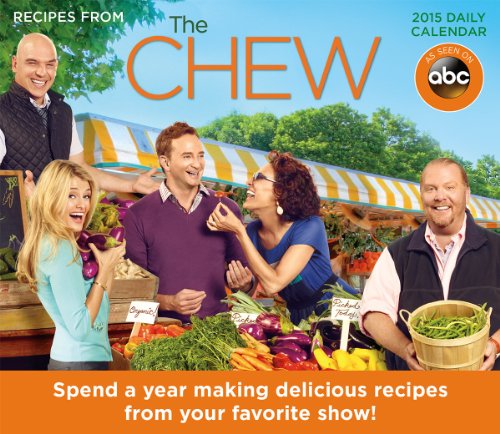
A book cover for The Chew; Food. Life. Fun. 2015 Boxed Calendar; American Broadcasting Companies; Calendars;